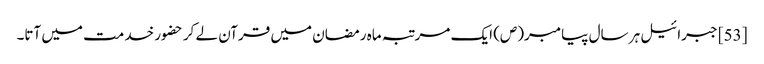
[53] جبرائیل ہر سال پیامبر(ص) ایک مرتبہ ماہ رمضان میں قرآن لے کر حضور خدمت میں آتا۔